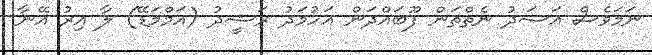
ނަމަވެސް އަސަދު ނެތްތަން ފޫބައްދަން އަހުމަދު ރަޝީދު (އަމްމަޑޭ) ލާ އިރު އޭނާ